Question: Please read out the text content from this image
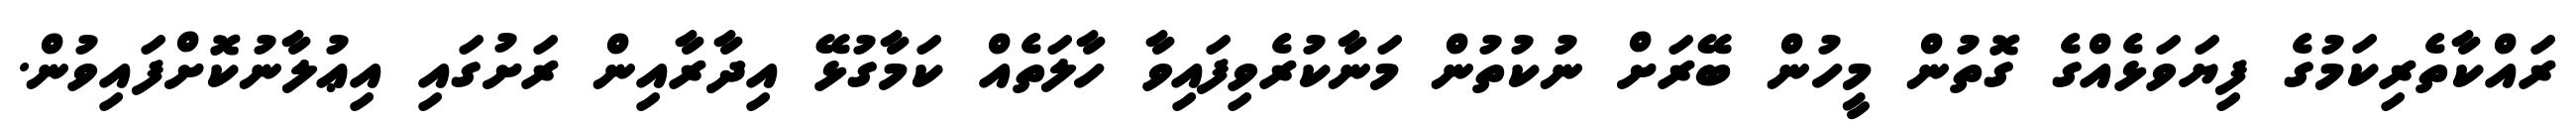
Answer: ރައްކާތެރިކަމުގެ ފިޔަވަޅެއްގެ ގޮތުން މީހުން ބޭރަށް ނުކުތުން މަނާކުރެވިފައިވާ ހާލަތެއް ކަމާގުޅޭ އިދާރާއިން ރަށުގައި އިޢުލާނުކޮށްފައިވުން.